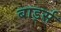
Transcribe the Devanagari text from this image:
बार्ड्स